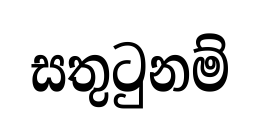
සතුටුනම්